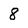
Character: 8